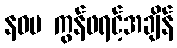
နဝမ ကွန်ဖရင့်အချိန်